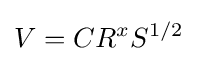
V=CR^{x}S^{1/2}